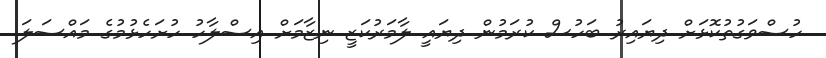
ހުސްވަގުތުކޮޅަށް ދިޔައިރު ބަހުސް ކުރަމުން ދިޔައީ ލާމަރުކަޒީ ނިޒާމަށް އިސްލާހު ހުށަހެޅުމުގެ މައްސަލަ.